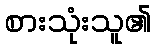
စားသုံးသူ၏